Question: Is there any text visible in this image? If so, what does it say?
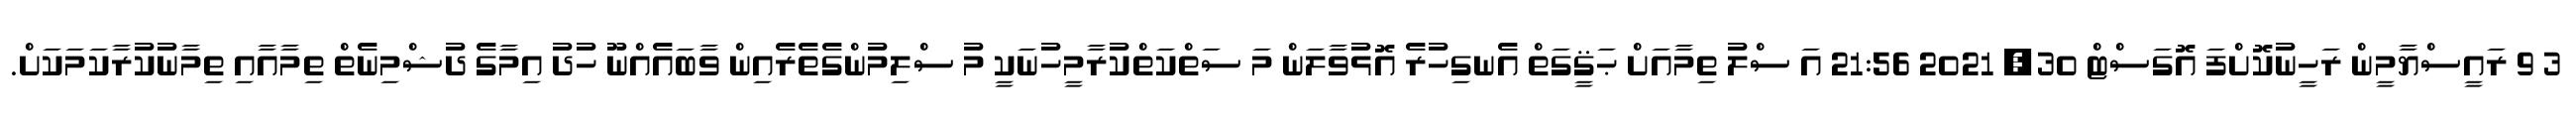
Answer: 3 9 ރައީސްޔާމީން ރަހީނުކޮށްފަ އޮގަސްޓް 30, 2021 21:56 އަ ސްލު ތިމާއަށް ޙަޤީގަތް އެނގިހުރެ އޮޅުވާލަން މަ ސަތްކަތްކުރާމީހުނަކީ މު ސްލިމުންގެތެރެއިން ވާބައެއްނޫ ހުދު އިމާގެ ދުޝްމިނެތް ތިމާއާއި ތިމާނުކުރާކަމަކަށް.